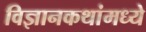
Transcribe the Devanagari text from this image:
विज्ञानकथांमध्ये